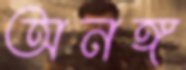
অনঙ্গ